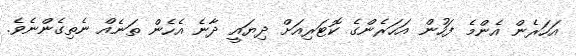
އަހަރެން އެންމެ ފަހުން އަހަރެންގެ ކޮޓަރިއަށް ދިޔައީ ދާނެ އެހެން ތަނެއް ނެތިގެންނެވެ.